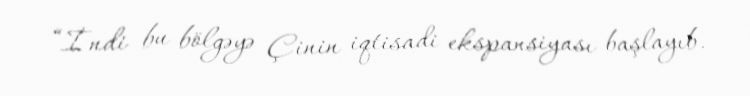
“İndi bu bölgəyə Çinin iqtisadi ekspansiyası başlayıb.